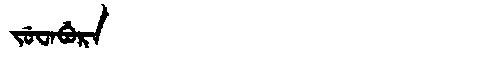
Manchu: ᠵᡠᠸᠠᠪᡠᡵᠠ
Romanization: JUWABURA